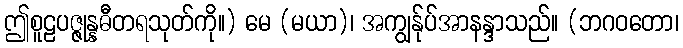
ဤစူဠပဇ္ဇုန္နဓီတရသုတ်ကို။) မေ (မယာ)၊ အကျွန်ုပ်အာနန္ဒာသည်။ (ဘဂဝတော၊